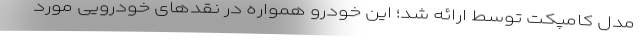
مدل کامپکت توسط ارائه شد؛ این خودرو همواره در نقدهای خودرویی مورد